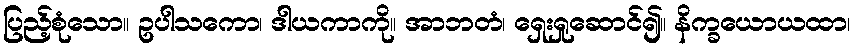
ပြည့်စုံသော။ ဥပါသကော၊ ဒါယကာကို။ အာဘတံ၊ ရှေးရှုဆောင်၍။ နိက္ခယောယထာ၊